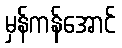
မှန်ကန်အောင်